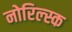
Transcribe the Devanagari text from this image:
नोरिल्स्क